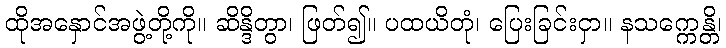
ထိုအနှောင်အဖွဲ့တို့ကို။ ဆိန္ဒိတွာ၊ ဖြတ်၍။ ပထယိတုံ၊ ပြေးခြင်းငှာ။ နသက္ကေန္တိ၊